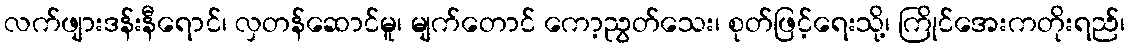
လက်ဖျားဒန်းနီရောင်၊ လှတန်ဆောင်မူ၊ မျက်တောင် ကော့ညွတ်သေး၊ စုတ်ဖြင့်ရေးသို့၊ ကြိုင်အေးကတိုးရည်၊